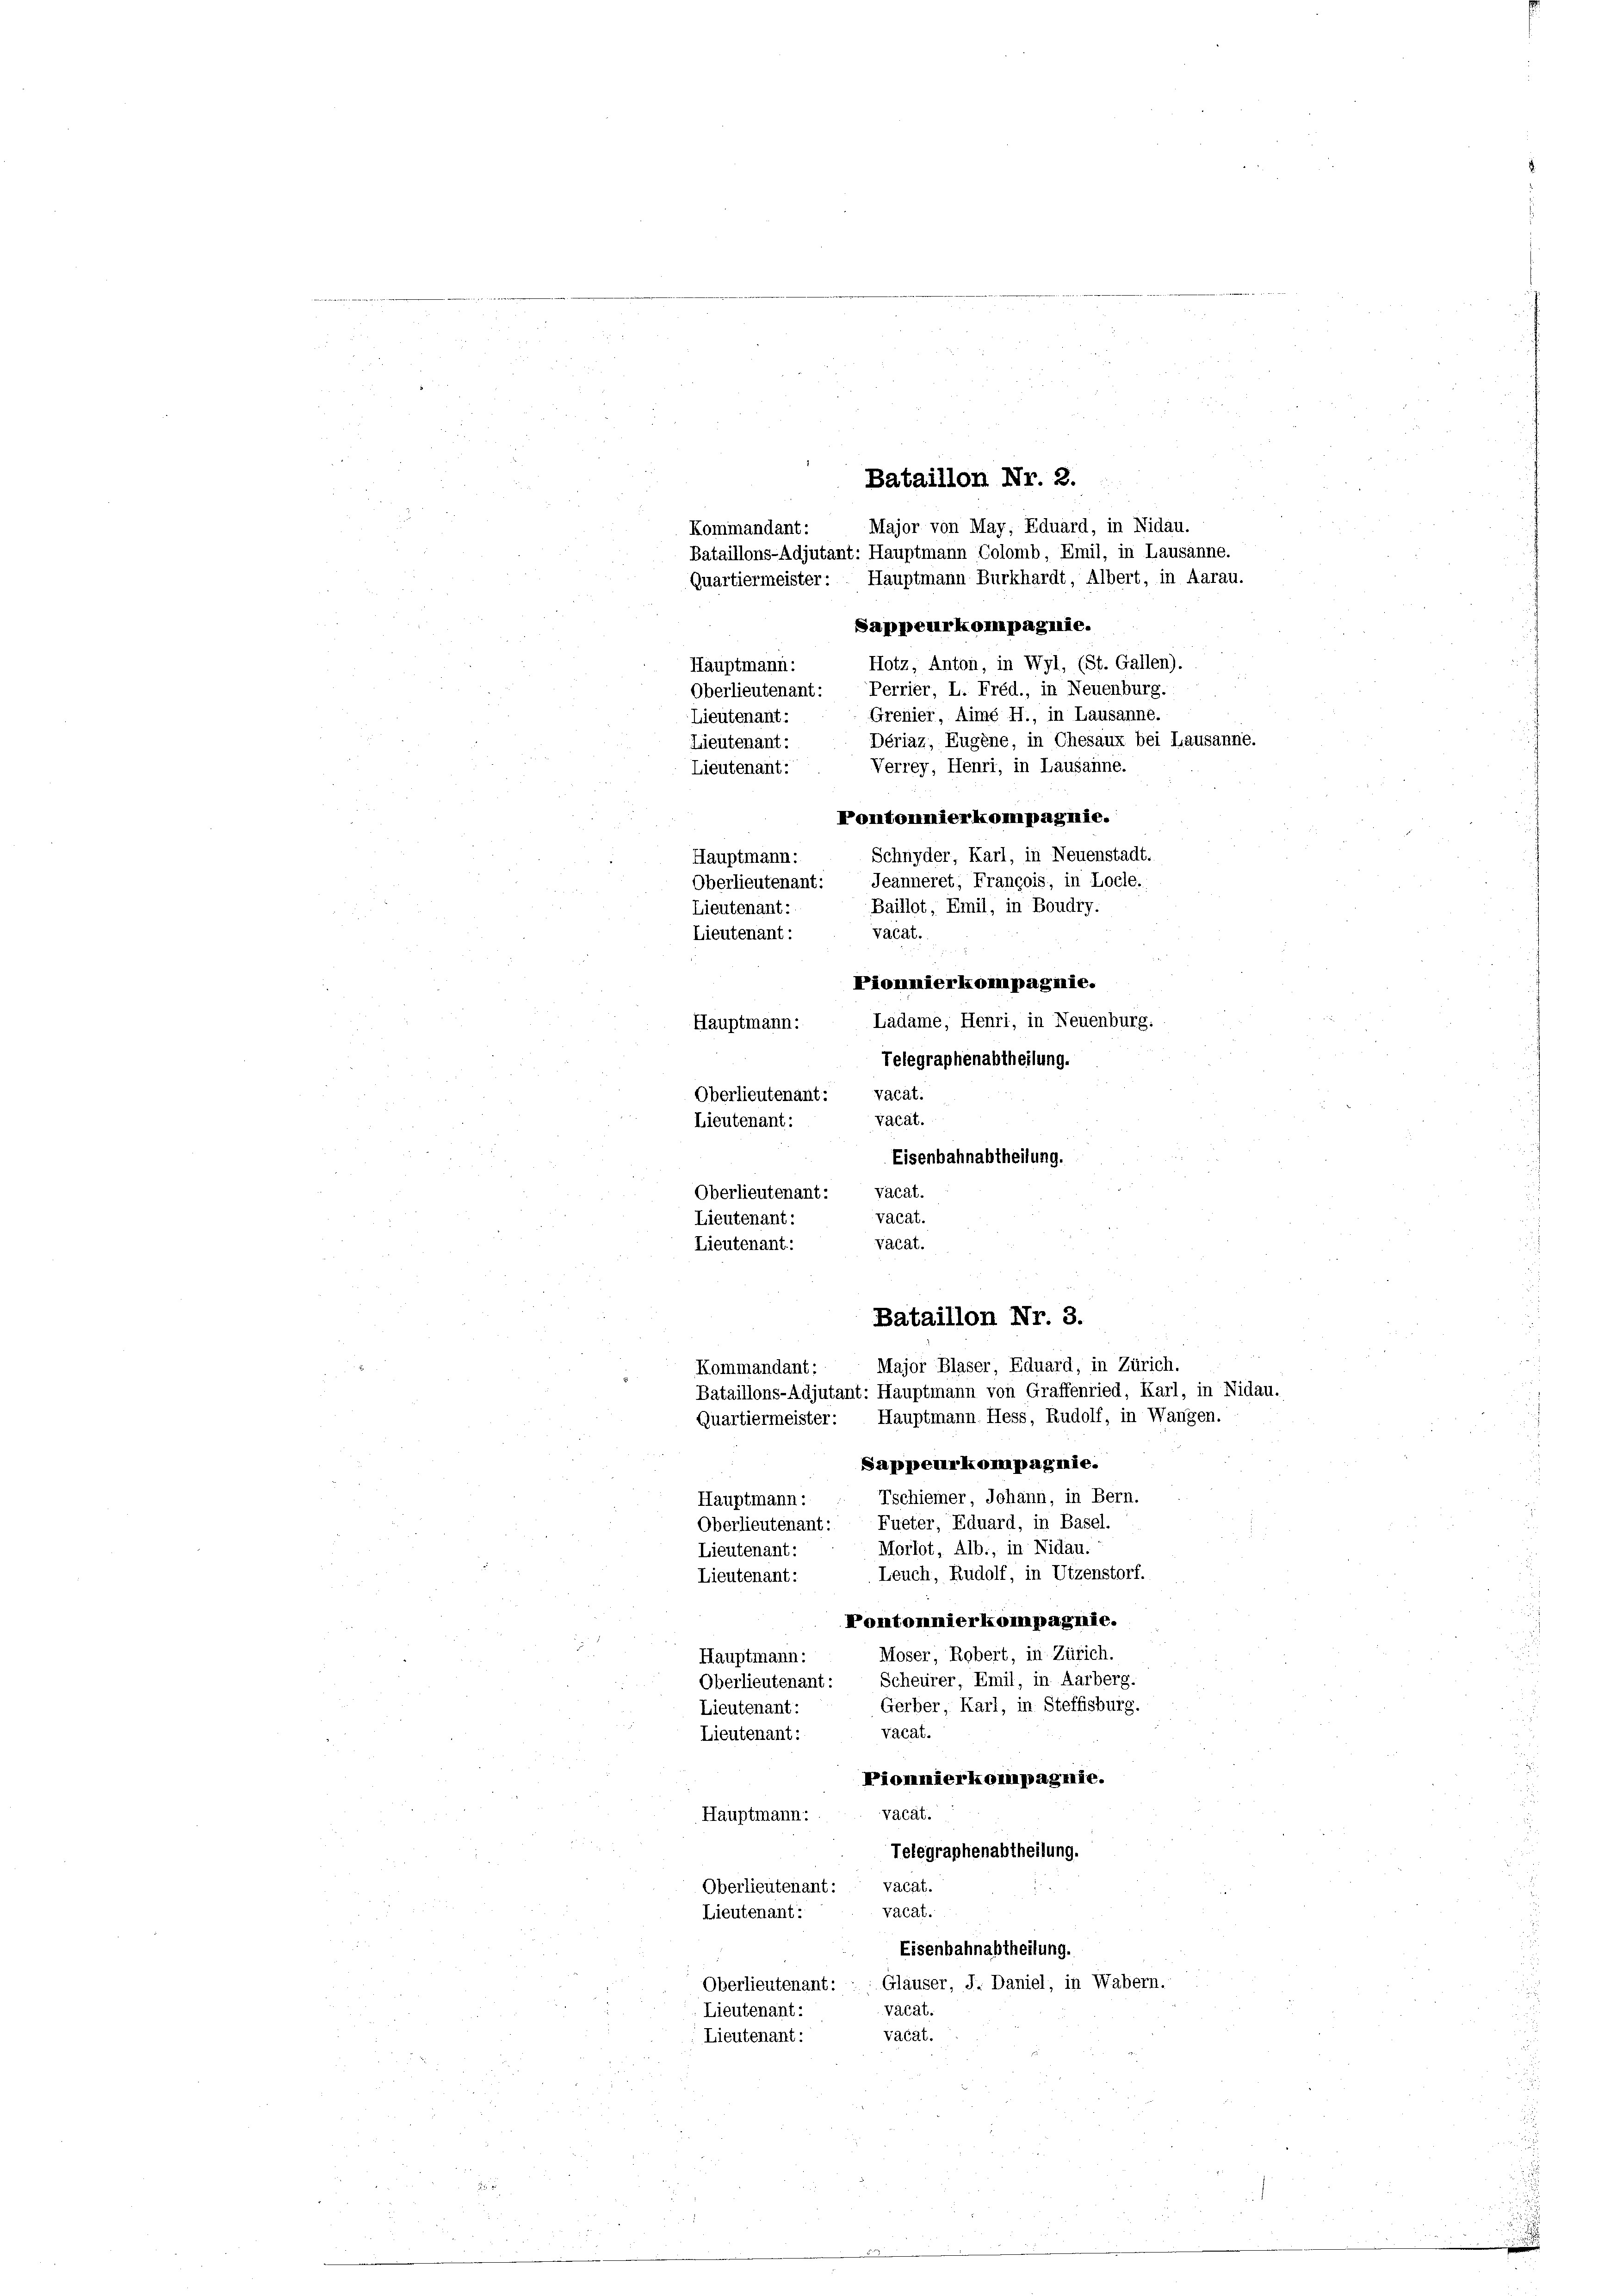
u
e
Kommandant:
Hauptmann:
Lieutenant:
Lieutenant:

Bataillon Nr. 2.
Major von May, Eduard, in Nidau.
Kommandant:
Bataillons-Adjutant: Hauptmann Colomb, Emil, in Lausanne.
Quartiermeister: Hauptmann Burkhardt, Albert, in Aarau.
Sappeurkompagnie.
Hotz, Anton, in Wyl, (St. Gallen).
Hauptmann:
Oberlieutenant: Perrier, L. Fréd., in Neuenburg.
Grenier, Aimé H., in Lausanne.
Lieutenant:
Dériaz, Eugene, in Chesaux bei Lausanne.
Lieutenant:
s
Verrey, Henri, in Lausanne.
Lieutenant:
Pontonnierkompagnie.
Schnyder, Karl, in Neuenstadt.
Hauptmann:
Oberlieutenant: Jeanneret, François, in Locle.
Baillot, Emil, in Boudry.
Lieutenant:
vacat.
Lieutenant:
Pionmierkompagnie.
Ladame, Henri, in Neuenburg.
Hauptmann:
Telegraphenabtheilung.
Oberlieutenant: vacat.
vacat.
Lieutenant:
Eisenbahnabtheilung.
Oberlieutenant: Vacat.
vacat.
Lieutenant:
Lieutenant:
vacat.

Bataillons-Adjutant: Hauptmann von Graffenried, Karl, in Nidau.
Quartiermeister: Hauptmann Hess, Rudolf, in Wangen.
Sappeurkompagnie.
Tschiener Johann, in Bern.
Oberlieutenant: Fueter, Eduard, in Basel.
Morlot, Alb., in Nidau.
Leuch, Rudolf, in Utzenstorf.
Pontonnierkompagnie.
Moser, Robert, in Zürich.
Hauptmann:
Oberlieutenant: Scheurer, Emil, in Aarberg.
Gerber, Karl, in Steffisburg.
Lieutenant:
vacat.
Lieutenant:
Piomnierkompagnie.
vacät.
Hauptmann:
Telegraphenabtheilung.
Oberlieutenant: vacat.
vacat.
Lieutenant:
Eisenbahnabtheilung.
Oberlieutenant:   Gläuser, J. Daniel, in Wabern.
vacat.
Lieutenant:
vacat.
Lieutenant:

Bataillon Nr. 3.
Major Blaser, Eduard, in Zürich.